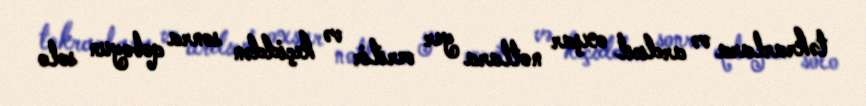
təkrarlara və ardıcıl oxşar notlara yer verilir və keçiddən sonra qoboyun solo